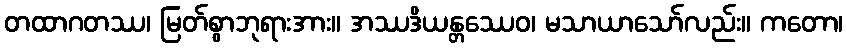
တထာဂတဿ၊ မြတ်စွာဘုရားအား။ အဿဒိယန္တဿေဝ၊ မသာယာသော်လည်း။ ကတော၊